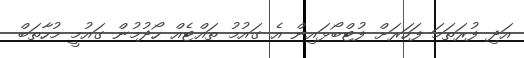
އަދި ފުރަތަމަ ފަހަރަށް ފުޓްބޯޅައިން އެ ގައުމު ތައްޓެއް ހޯދުމުން ގައުމީ މުހާތަބް